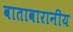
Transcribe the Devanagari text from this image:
वातावारानीय